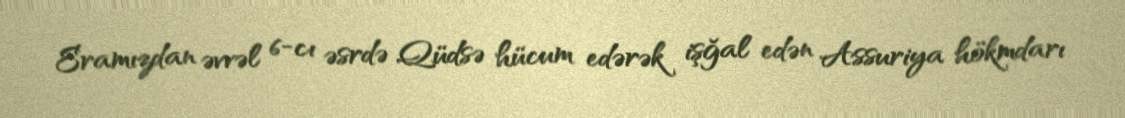
Eramızdan əvvəl 6-cı əsrdə Qüdsə hücum edərək işğal edən Assuriya hökmdarı